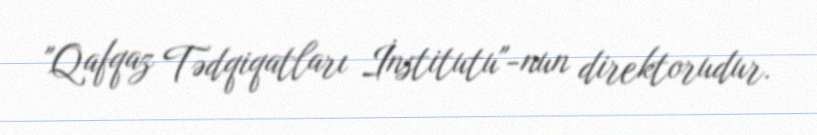
"Qafqaz Tədqiqatları İnstitutu"-nun direktorudur.